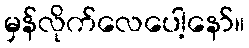
မှန်လိုက်လေပေါ့နော်။